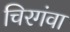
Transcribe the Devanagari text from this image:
चिरगंवा